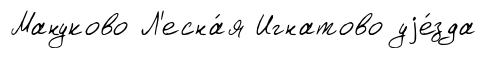
Мануково Л'есна́я Игнатово уjе́зда